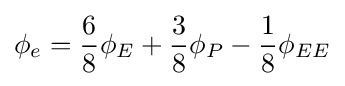
\phi _{e}={\frac {6}{8}}\phi _{E}+{\frac {3}{8}}\phi _{P}-{\frac {1}{8}}\phi _{EE}